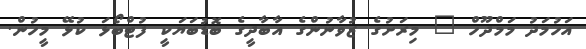
އަހުމަދު މަމްދޫހް " މިރަށުގެ ޒުވާނުންގެ އާބާދީގެ ބޮޑުބަޔަކީ ފުޓްބޯޅަ ކުޅޭ މީހުން.